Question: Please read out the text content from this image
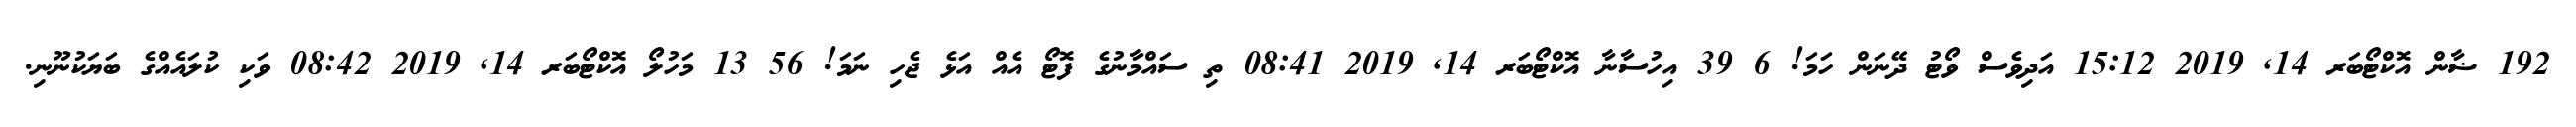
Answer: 192 ޟާން އޮކްޓޯބަރ 14, 2019 15:12 އަދިވެސް ވޯޓު ދޭނަން ހަމަ! 6 39 އިހުސާނާ އޮކްޓޯބަރ 14, 2019 08:41 ތި ސައްމާނުގެ ފޮޓޯ އެއް އަޅެ ޖެހި ނަމަ! 56 13 މަހުލޯ އޮކްޓޯބަރ 14, 2019 08:42 ވަކި ކުލައެއްގެ ބަޔަކުނޫނި.